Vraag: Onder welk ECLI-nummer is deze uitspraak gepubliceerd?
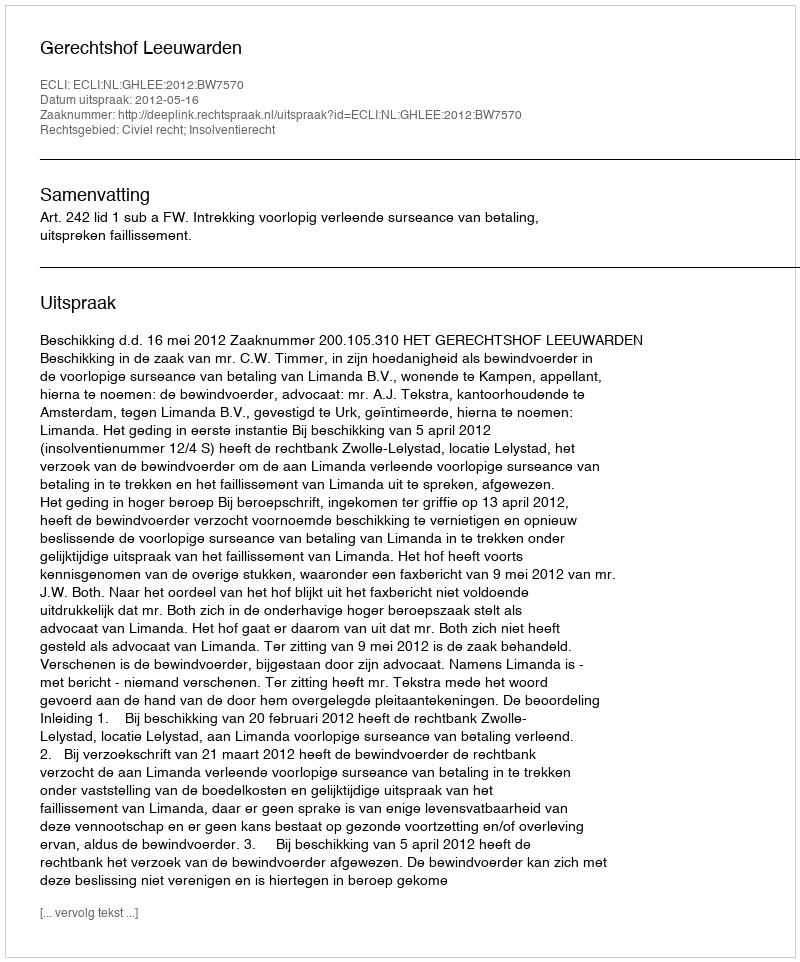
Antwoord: ECLI:NL:GHLEE:2012:BW7570